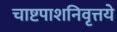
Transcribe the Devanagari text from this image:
चाष्टपाशनिवृत्तये